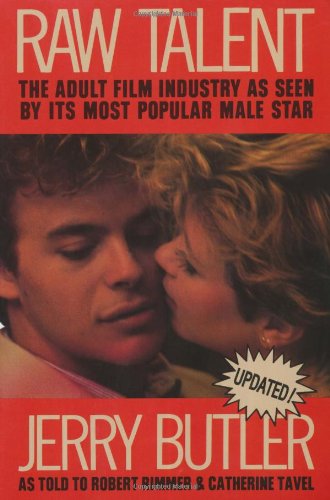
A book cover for Raw Talent; Politics & Social Sciences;